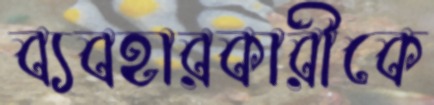
ব্যবহারকারীকে